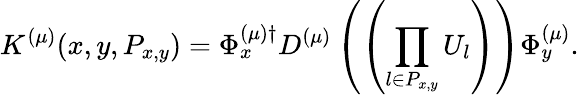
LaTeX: K^{(\mu)}(x,y,P_{x,y})=\Phi_{x}^{(\mu)\dagger}D^{(\mu)}\left(\left(\prod_{l\in P_{x,y}}U_{l}\right)\right)\Phi_{y}^{(\mu)}.